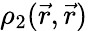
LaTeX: \rho_{2}(\vec{r},\vec{r})